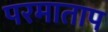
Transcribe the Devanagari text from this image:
परमाताप